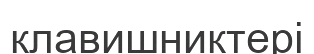
клавишниктері